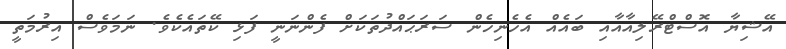
އޭޝިޔާ އޮސްޓްރޭލިއާއާއި ބައެއް އެހެނިހެން ސަރަޙައްދުތަކަށް ފެންނަނީ ފަޅި ކޭތައެކެވެ. ނަމަވެސް އިރުމަތީ